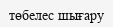
төбелес шығару